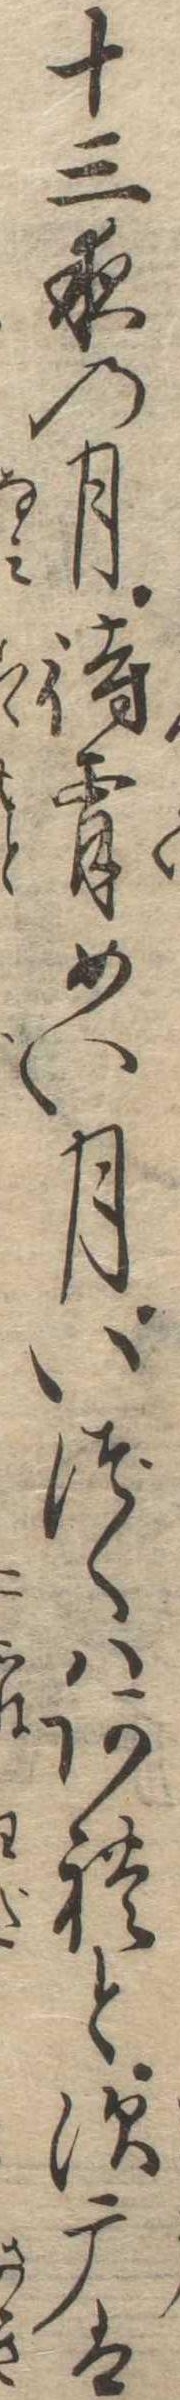
十三夜の月待宵めい月いづくはあれと須磨は